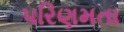
પરિણમતા